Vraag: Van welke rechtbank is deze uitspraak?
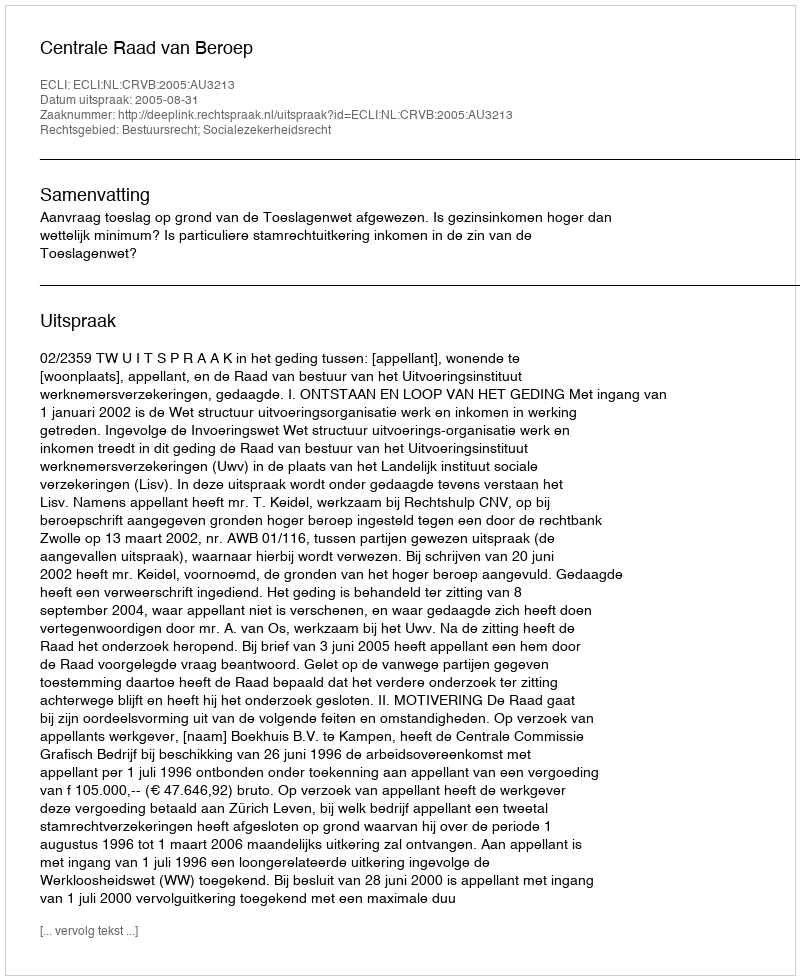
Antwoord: Centrale Raad van Beroep